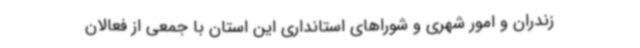
زندران و امور شهری و شوراهای استانداری این استان با جمعی از فعالان